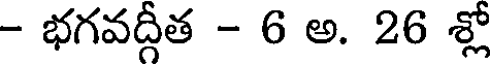
- భగవద్గీత - 6 అ. 26 శ్లో